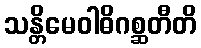
သန္တိမေဝါဓိဂစ္ဆတီတိ